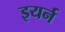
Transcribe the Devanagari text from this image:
इयर्न